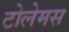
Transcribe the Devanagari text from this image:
टोलेमस